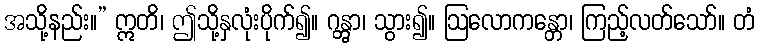
အသို့နည်း။” ဣတိ၊ ဤသို့နှလုံးပိုက်၍။ ဂန္တွာ၊ သွား၍။ ဩလောကန္တော၊ ကြည့်လတ်သော်။ တံ